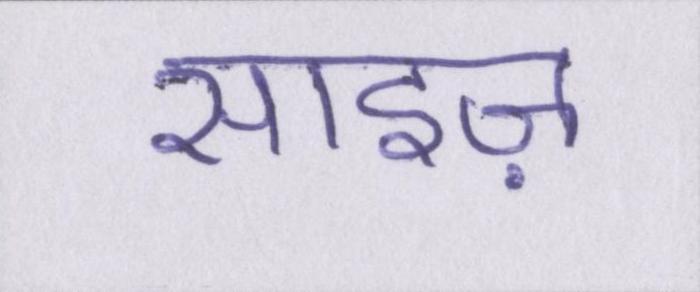
साइज़